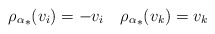
\begin{align*} {\rho_\alpha}_*(v_i)=-v_i\quad{\rho_\alpha}_*(v_k)=v_k\ \end{align*}